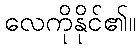
လေကိုနိုင်၏။